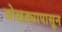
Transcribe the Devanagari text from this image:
जोखड्यापासून